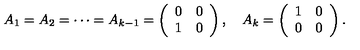
A _ { 1 } = A _ { 2 } = \cdots = A _ { k - 1 } = \left( \begin{array} { c c } { 0 } & { 0 } \\ { 1 } & { 0 } \\ \end{array} \right) , \quad A _ { k } = \left( \begin{array} { c c } { 1 } & { 0 } \\ { 0 } & { 0 } \\ \end{array} \right) .